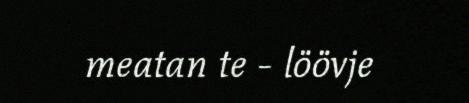
meatan te - löövje